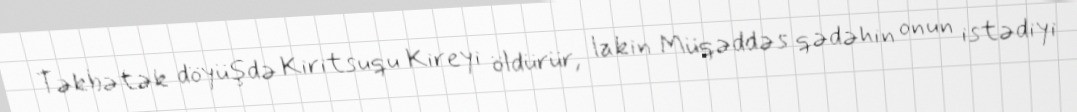
Təkbətək döyüşdə Kiritsuqu Kireyi öldürür, lakin Müqəddəs qədəhin onun istədiyi